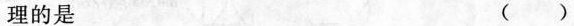
理的是 （ ）